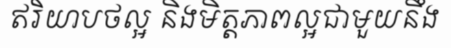
ឥរិយាបថល្អ និងមិត្តភាពល្អជាមួយនឹង